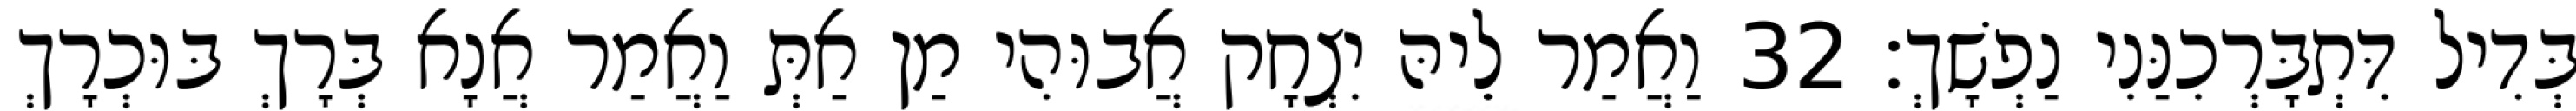
בְּדִיל דִּתְבָּרְכִנַּנִי נַפְשָׁךְ׃ 32 וַאֲמַר לֵיהּ יִצְחָק אֲבוּהִי מַן אַתְּ וַאֲמַר אֲנָא בְּרָךְ בּוּכְרָךְ